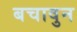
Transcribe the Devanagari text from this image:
बचावुन